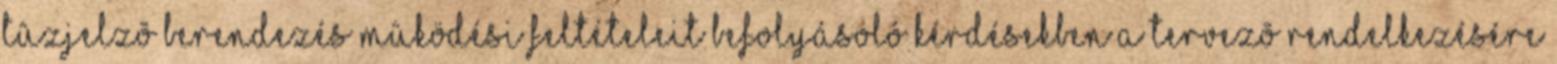
tûzjelzõ berendezés mûködési feltételeit befolyásoló kérdésekben a tervezõ rendelkezésére